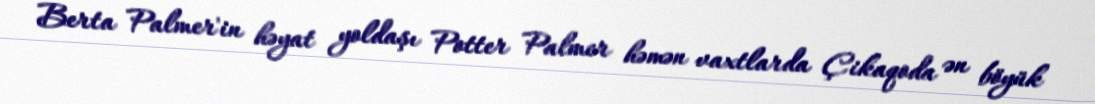
Berta Palmer'in həyat yoldaşı Potter Palmer həmən vaxtlarda Çikaqoda ən böyük